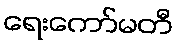
ရေးကော်မတီ